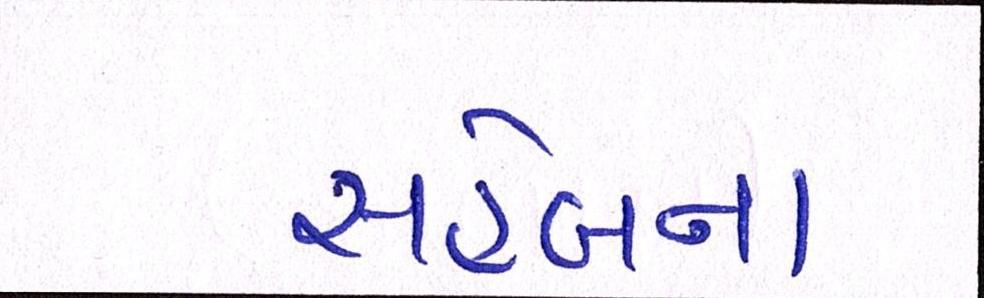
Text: સાહેબના